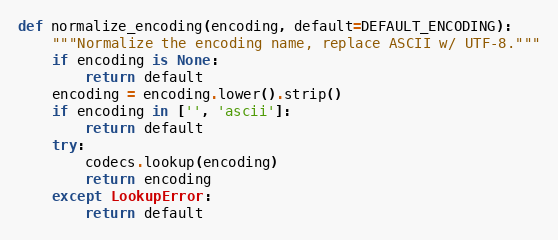
Language: Python
def normalize_encoding(encoding, default=DEFAULT_ENCODING):
    """Normalize the encoding name, replace ASCII w/ UTF-8."""
    if encoding is None:
        return default
    encoding = encoding.lower().strip()
    if encoding in ['', 'ascii']:
        return default
    try:
        codecs.lookup(encoding)
        return encoding
    except LookupError:
        return default